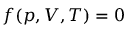
f ( p , V , T ) = 0